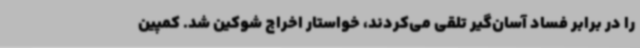
را در برابر فساد آسان‌گیر تلقی می‌کردند، خواستار اخراج شوکین شد. کمپین